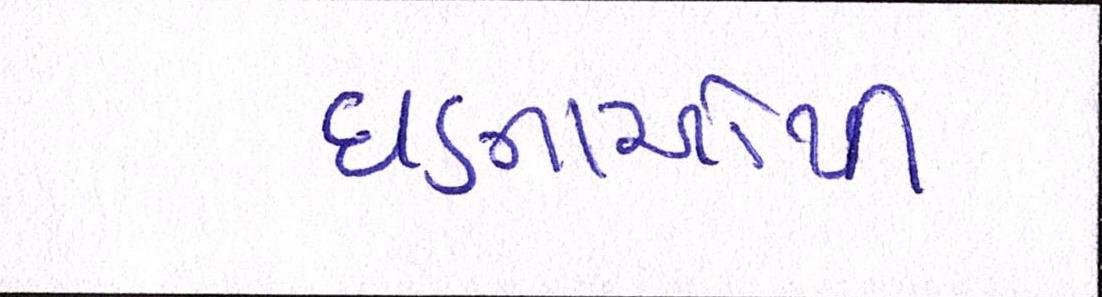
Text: ઘટનાઓથી